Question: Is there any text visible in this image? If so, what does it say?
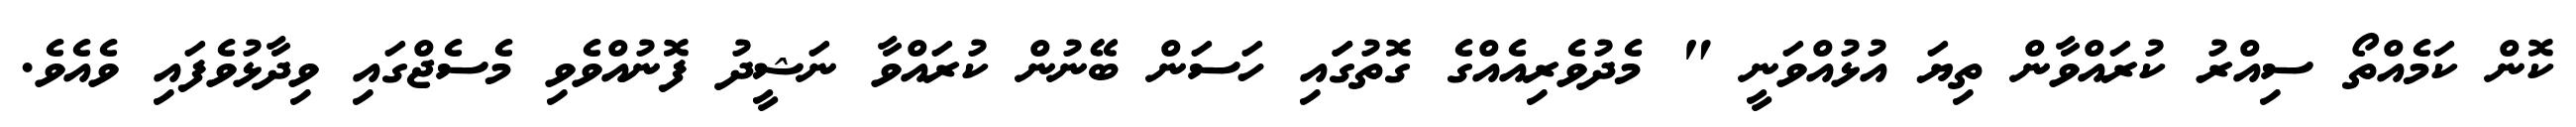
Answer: ކޮން ކަމެއްތޯ ސިއްރު ކުރައްވާން ތިޔަ އުޅުއްވަނީ " މެދުވެރިއެއްގެ ގޮތުގަައި ހަސަން ބޭނުން ކުރައްވާ ނަޝީދު ފޮނުއްވެވި މެސެޖްގައި ވިދާޅުވެފައި ވެއެވެ.